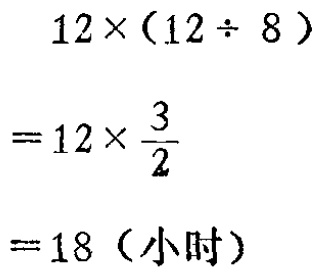
\[

\begin{align*}

&12\times(12\div8)\\

=&12\times\frac{3}{2}\\

=&18 (\text{小时})

\end{align*}

\]